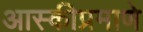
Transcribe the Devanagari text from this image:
आस्कीप्रमाणे